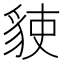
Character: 𧳅